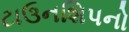
ટાઉનશિપનો